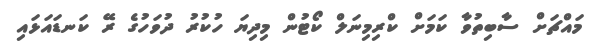
މައްޗަށް ސާބިތުވާ ކަމަށް ކްރިމިނަލް ކޯޓުން މިދިޔަ ހުކުރު ދުވަހުގެ ރޭ ކަނޑައަޅައި